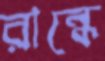
রান্ধে